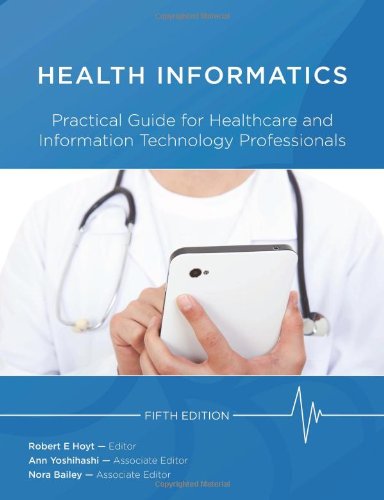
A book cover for Health Informatics: Practical Guide For Healthcare And Information Technology Professionals (Fifth Edition) (Hoyt, Medical informatics); Medical Books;